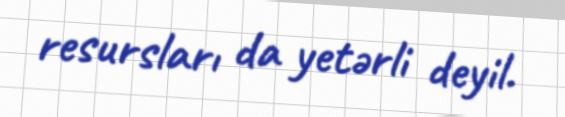
resursları da yetərli deyil.